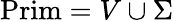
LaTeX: {\mathrm{Prim}}=V\cup\Sigma